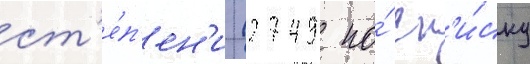
ст'е́п'ен'и (2749 по́ сп'и́ску